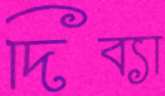
দিব্যা